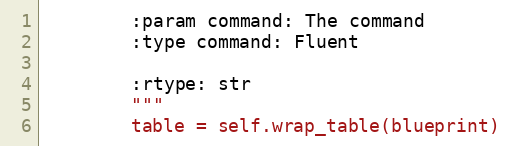
Language: Python
        :param command: The command
        :type command: Fluent

        :rtype: str
        """
        table = self.wrap_table(blueprint)